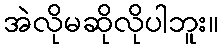
အဲလိုမဆိုလိုပါဘူး။